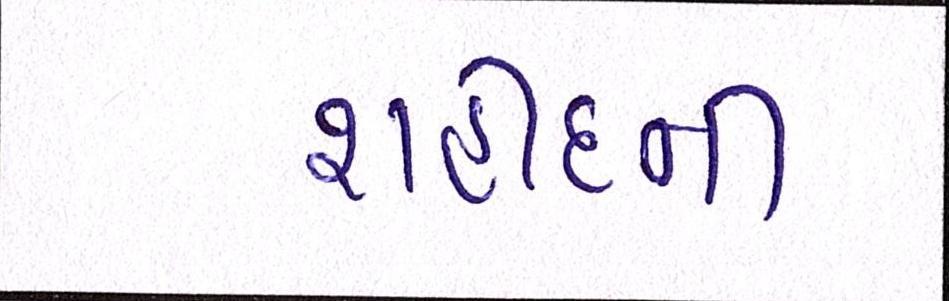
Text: શહીદની